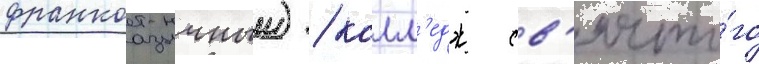
франкоазычныи) / колл'едж св'ято́го